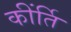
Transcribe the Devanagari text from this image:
कींर्ति